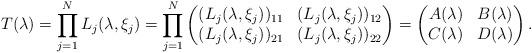
LaTeX: \begin{align*} T(\lambda) = \prod_{j=1}^N L_j(\lambda,\xi_j) = \prod_{j=1}^N \begin{pmatrix}(L_j(\lambda,\xi_j))_{11} & (L_j(\lambda,\xi_j))_{12} \\(L_j(\lambda,\xi_j))_{21} & (L_j(\lambda,\xi_j))_{22}\end{pmatrix} = \begin{pmatrix}A(\lambda) & B(\lambda) \\C(\lambda) & D(\lambda)\end{pmatrix}.\end{align*}